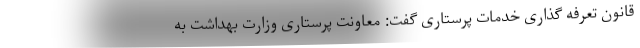
قانون تعرفه گذاری خدمات پرستاری گفت: معاونت پرستاری وزارت بهداشت به